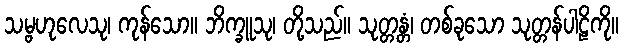
သမ္ဗဟုလေသု၊ ကုန်သော။ ဘိက္ခူသု၊ တို့သည်။ သုတ္တန္တံ၊ တစ်ခုသော သုတ္တန်ပါဠိကို။